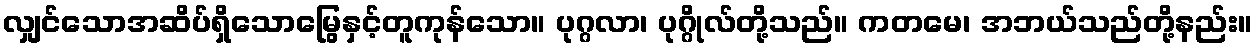
လျှင်သောအဆိပ်ရှိသောမြွေနှင့်တူကုန်သော။ ပုဂ္ဂလာ၊ ပုဂ္ဂိုလ်တို့သည်။ ကတမေ၊ အဘယ်သည်တို့နည်း။